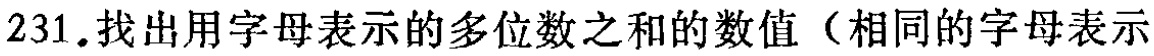
231.找出用字母表示的多位数之和的数值（相同的字母表示